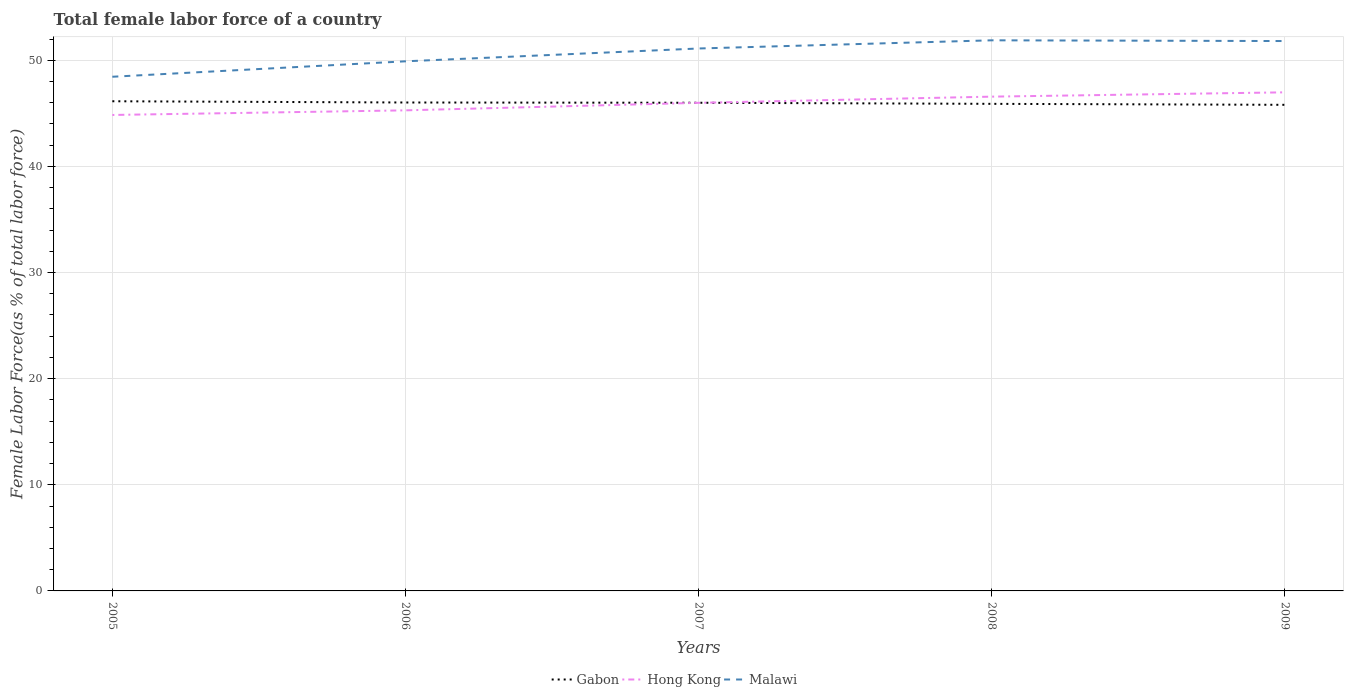
| Years | Gabon | Hong Kong | Malawi |
 | --- | --- | --- | --- |
 | 2005 | 46.1 | 44.8 | 48.4 |
 | 2006 | 46 | 45.3 | 49.9 |
 | 2007 | 46 | 46 | 51.1 |
 | 2008 | 45.9 | 46.6 | 51.9 |
 | 2009 | 45.8 | 47 | 51.8 |